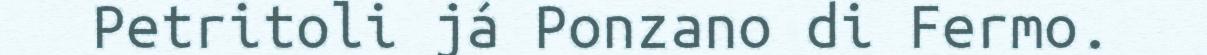
Petritoli já Ponzano di Fermo.